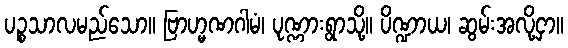
ပဉ္စသာလမည်သော။ ဗြာဟ္မဏဂါမံ၊ ပုဏ္ဏားရွာသို့။ ပိဏ္ဍာယ၊ ဆွမ်းအလို့ငှာ။